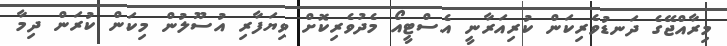
މިރާއްޖޭގެ ދަނޑުވެރިކަން ކުރިއަރާނީ އެސްޓީއޯ މެދުވެރިކޮށް ވިޔަފާރި އުސޫލުން މިކަން ކުރަން ދިމާ